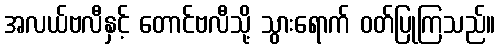
အလယ်ဗလီနှင့် တောင်ဗလီသို့ သွားရောက် ဝတ်ပြုကြသည်။